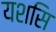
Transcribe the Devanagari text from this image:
यशसि